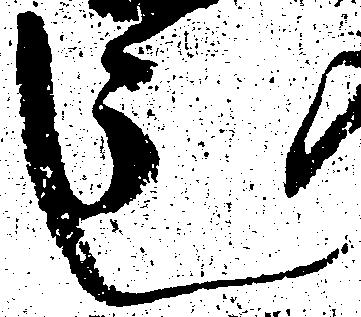
し